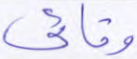
وقائي